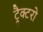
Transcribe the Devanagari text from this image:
ट्रैक्टरो